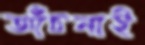
আঁচলাই